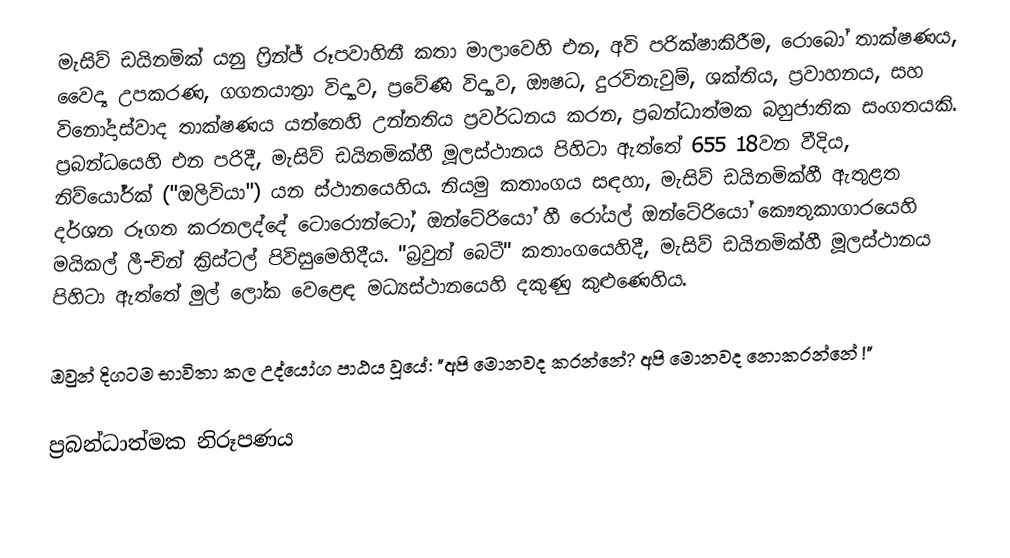
මැසිව් ඩයිනමික් යනු ෆ්‍රින්ජ් රූපවාහිනී කතා මාලාවෙහි එන,  අවි පරික්ෂාකිරීම, රොබෝ තාක්ෂණය, වෛද්‍ය උපකරණ, ගගනයාත්‍රා විද්‍යාව, ප්‍රවේණි විද්‍යාව, ඖෂධ, දුරවිනැවුම්, ශක්තිය, ප්‍රවාහනය, සහ විනෝදාස්වාද තාක්ෂණය යන්නෙහි උන්නතිය ප්‍රවර්ධනය කරන,    ප්‍රබන්ධාත්මක බහුජාතික සංගතයකි. ප්‍රබන්ධයෙහි එන පරිදී, මැසිව් ඩයිනමික්හී මූලස්ථානය පිහිටා ඇත්තේ 655 18වන වීදිය, නිව්යෝර්ක් ("ඔලිවියා") යන ස්ථානයෙහිය. නියමු කතාංගය සඳහා, මැසිව් ඩයිනමික්හී ඇතුළත දර්ශන රූගත කරනලද්දේ ටොරොන්ටෝ, ඔන්ටේරියෝ හී  රෝයල් ඔන්ටේරියෝ කෞතුකාගාරයෙහි මයිකල් ලී-චින් ක්‍රිස්ටල් පිවිසුමෙහිදීය. "බ්‍රවුන් බෙටී" කතාංගයෙහිදී, මැසිව් ඩයිනමික්හී මූලස්ථානය පිහිටා ඇත්තේ මුල් ලෝක වෙළෙඳ මධ්‍යස්ථානයෙහි දකුණු කුළුණෙහිය.

ඔවුන් දිගටම භාවිතා කල උද්යෝග පාඨය වූයේ: "අපි මොනවද කරන්නේ? අපි මොනවද නොකරන්නේ !"

ප්‍රබන්ධාත්මක නිරූපණය